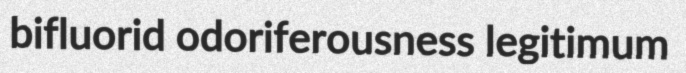
bifluorid odoriferousness legitimum